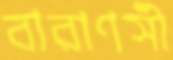
বারাণসী